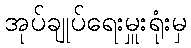
အုပ်ချုပ်ရေးမှူးရုံးမှ